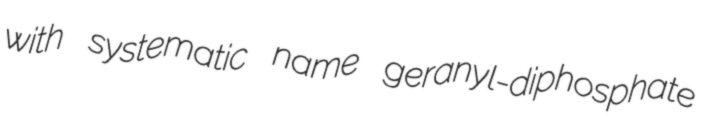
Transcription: with systematic name geranyl-diphosphate